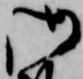
御